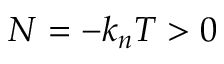
N = - k _ { n } T > 0